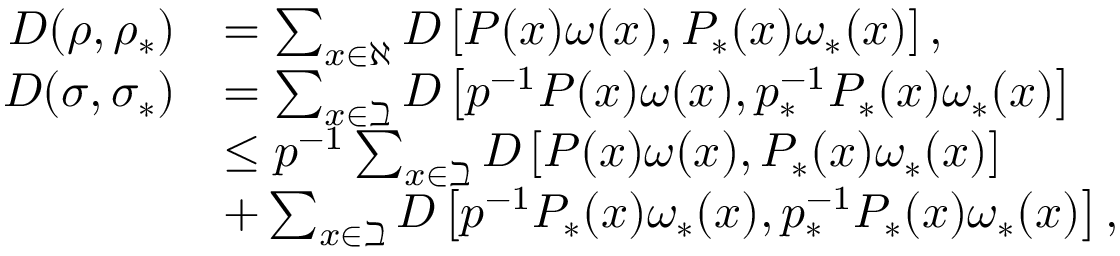
\begin{array} { r l } { D ( \rho , \rho _ { \ast } ) } & { = \sum _ { \substack { x \in \aleph } } D \left[ P ( x ) \omega ( x ) , P _ { \ast } ( x ) \omega _ { \ast } ( x ) \right] , } \\ { D ( \sigma , \sigma _ { \ast } ) } & { = \sum _ { x \in \beth } D \left[ p ^ { - 1 } P ( x ) \omega ( x ) , p _ { \ast } ^ { - 1 } P _ { \ast } ( x ) \omega _ { \ast } ( x ) \right] } \\ & { \leq p ^ { - 1 } \sum _ { x \in \beth } D \left[ P ( x ) \omega ( x ) , P _ { \ast } ( x ) \omega _ { \ast } ( x ) \right] } \\ & { + \sum _ { x \in \beth } D \left[ p ^ { - 1 } P _ { \ast } ( x ) \omega _ { \ast } ( x ) , p _ { \ast } ^ { - 1 } P _ { \ast } ( x ) \omega _ { \ast } ( x ) \right] , } \end{array}